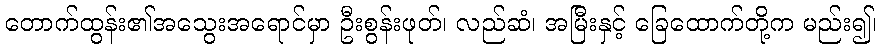
တောက်ထွန်း၏အသွေးအရောင်မှာ ဦးစွန်းဖုတ်၊ လည်ဆံ၊ အမြီးနှင့် ခြေထောက်တို့က မည်း၍၊